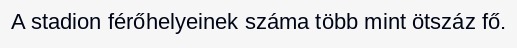
A stadion férőhelyeinek száma több mint ötszáz fő.